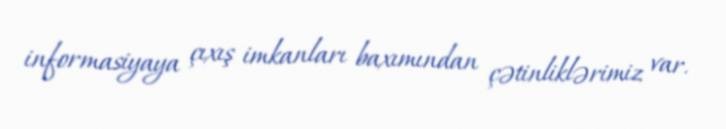
informasiyaya çıxış imkanları baxımından çətinliklərimiz var.